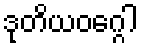
ဒုတိယဝဂ္ဂေါ